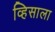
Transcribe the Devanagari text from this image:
व्हिसाला